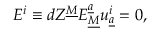
E ^ { i } \equiv d Z ^ { \underline { { { M } } } } E _ { \underline { { { M } } } } ^ { \underline { { { a } } } } u _ { \underline { { { a } } } } ^ { i } = 0 ,